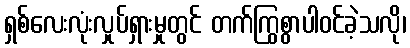
ရှစ်လေးလုံးလှုပ်ရှားမှုတွင် တက်ကြွစွာပါဝင်ခဲ့သလို၊